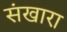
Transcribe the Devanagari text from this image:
संखारा